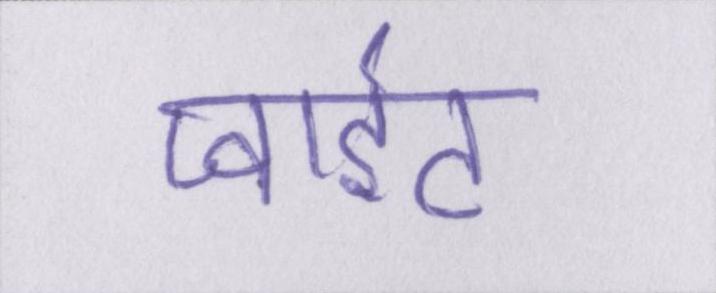
प्वाइंट